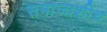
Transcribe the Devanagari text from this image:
समाजाशीच